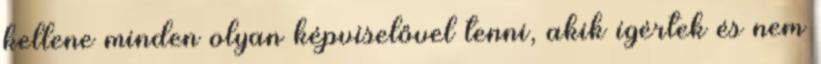
kellene minden olyan képviselővel tenni, akik ígértek és nem